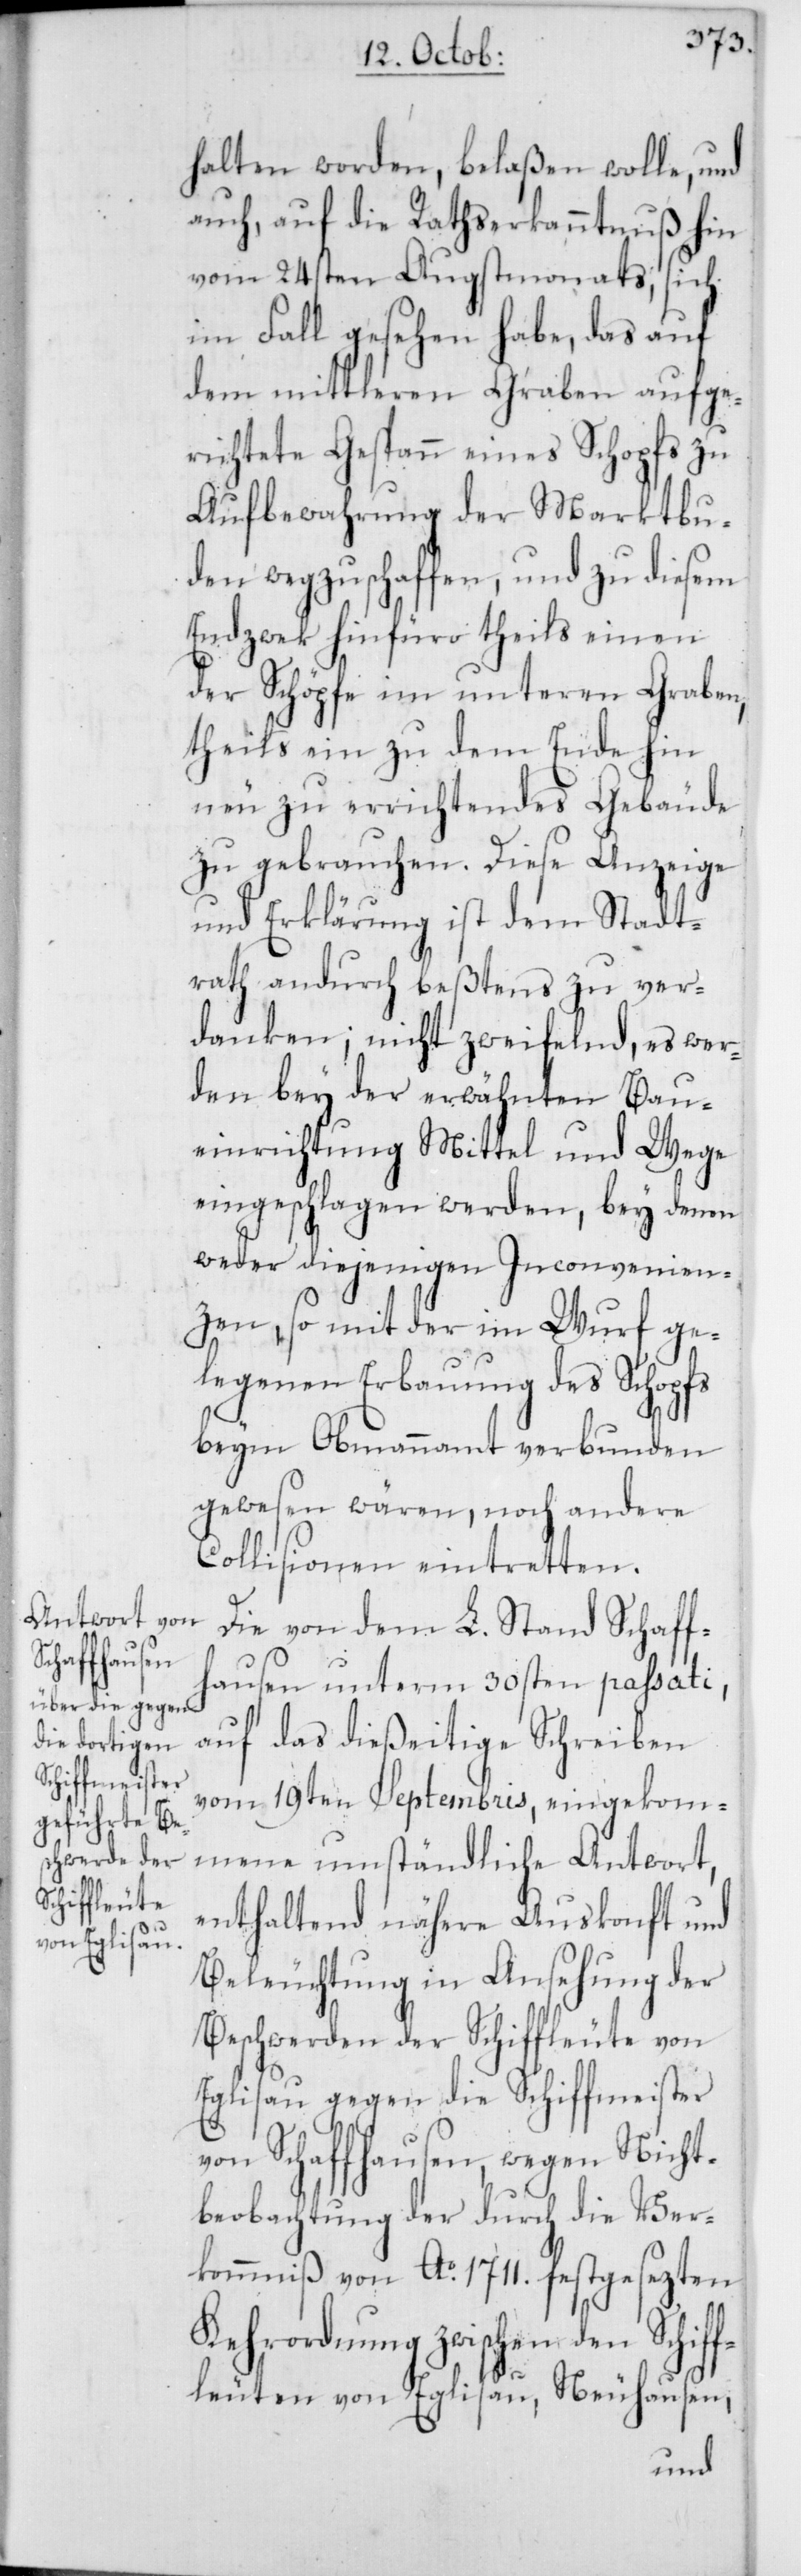
halten worden, belaßen wolle, und
auch, auf die Rathserkanntnuß hin
vom 24sten Augstmonats, sich
im Fall gesehen habe, das auf
dem mittleren Graben aufge¬
richtete Gespann eines Schopfs zu
Aufbewahrung der Marktbu¬
den wegzuschaffen, und zu diesem
Endzwek hinfüro theils einen
der Schöpfe im unteren Graben,
theils ein zu dem Ende hin
neu zu errichtendes Gebäude
zu gebrauchen. Diese Anzeige
und Erklärung ist dem Stadt¬
rath andurch beßtens zu ver¬
danken; nicht zweifelnd, es wer¬
den bey der erwähnten Bau¬
einrichtung Mittel und Wege
eingeschlagen werden, bey denen
weder diejenigen Inconvenien¬
zen, so mit der im Wurf ge¬
legenen Erbauung des Schopfs
beym Obmannamt verbunden
gewesen wären, noch andere
Collisionen eintretten.
Die von dem L. Stand Schaff¬
hausen unterm 30sten passati,
auf das dießeitige Schreiben
vom 19ten Septembris, eingekom¬
mene umständliche Antwort,
enthaltend nähere Auskonft und
Beleuchtung in Ansehung der
Beschwerden der Schiffleute von
Eglisau gegen die Schiffmeister
von Schaffhausen, wegen Nicht¬
beobachtung der durch die Ver¬
kommniß von Ao. 1711. festgesezten
Kehrordnung zwischen den Schif¬
fleuten von Eglisau, Neuhausen,